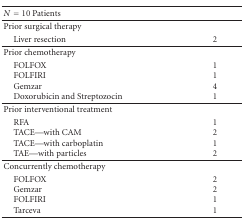
<table><thead><tr><td><b><i>N</i> = 10 Patients</b></td><td></td></tr></thead><tbody><tr><td>Prior surgical therapy</td><td></td></tr><tr><td>Liver resection</td><td>2</td></tr><tr><td>Prior chemotherapy</td><td></td></tr><tr><td> FOLFOXFOLFIRIGemzarDoxorubicin and Streptozocin</td><td>1 1 41</td></tr><tr><td> Prior interventional treatment</td><td></td></tr><tr><td> RFATACE—with CAMTACE—with carboplatinTAE—with particles</td><td>1 2 1 2</td></tr><tr><td>Concurrently chemotherapy</td><td></td></tr><tr><td>FOLFOXGemzarFOLFIRITarceva</td><td>2 2 1 1</td></tr></tbody></table>